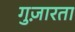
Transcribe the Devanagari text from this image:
गुज़ारता